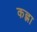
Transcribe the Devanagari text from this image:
कह्ना